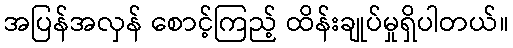
အပြန်အလှန် စောင့်ကြည့် ထိန်းချုပ်မှုရှိပါတယ်။